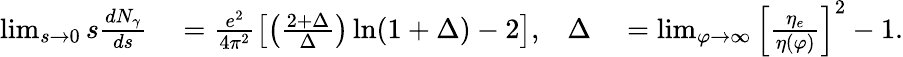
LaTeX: \begin{array}{rlrl}{\operatorname*{lim}_{s\to 0}s\frac{dN_{\gamma}}{ds}}&{{}=\frac{e^{2}}{4\pi^{2}}\left[\left(\frac{2+\Delta}{\Delta}\right)\ln(1+\Delta)-2\right],}&{\Delta}&{{}=\operatorname*{lim}_{\varphi\to\infty}\left[\frac{\eta_{e}}{\eta(\varphi)}\right]^{2}-1.}\end{array}